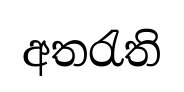
අතරැති